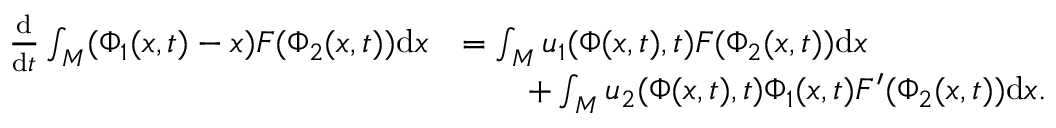
\begin{array} { r l } { \frac { \mathrm { d } } { \mathrm { d } t } \int _ { M } ( \Phi _ { 1 } ( x , t ) - x ) F ( \Phi _ { 2 } ( x , t ) ) \mathrm { d } x } & { = \int _ { M } u _ { 1 } ( \Phi ( x , t ) , t ) F ( \Phi _ { 2 } ( x , t ) ) \mathrm { d } x } \\ & { \qquad + \int _ { M } u _ { 2 } ( \Phi ( x , t ) , t ) \Phi _ { 1 } ( x , t ) F ^ { \prime } ( \Phi _ { 2 } ( x , t ) ) \mathrm { d } x . } \end{array}